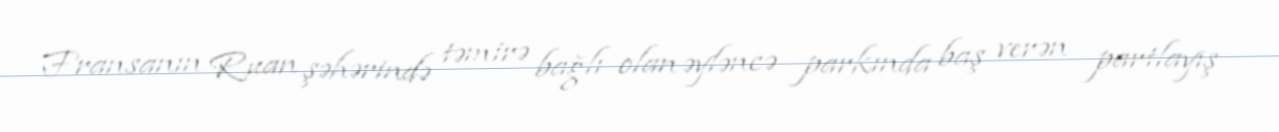
Fransanın Ruan şəhərində təmirə bağlı olan əyləncə parkında baş verən partlayış